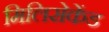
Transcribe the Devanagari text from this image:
मिलिसेकेंड